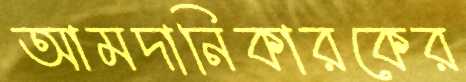
আমদানিকারকের